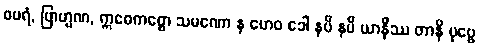
စပရံ, ဗြာဟ္မဏ, ဣဓေကစ္စော သမဏော န ဟေဝ ခေါ နပိ နပိ ယာနိဿ တာနိ ပုဗ္ဗေ